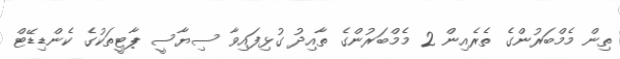
ތިން މެމްބަރުންގެ ތެރެއިން 2 މެމްބަރުންގެ ތާއިދު ގުޅިފައިވާ ސިޔާސީ ޕާޓީތަކުގެ ކެންޑިޑޭޓް